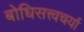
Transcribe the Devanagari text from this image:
बोधिसत्त्वचर्या